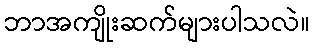
ဘာအကျိုးဆက်များပါသလဲ။